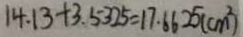
1 4 . 1 3 + 3 . 5 3 2 5 = 1 7 . 6 6 2 5 ( c m ^ { 2 } )